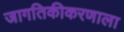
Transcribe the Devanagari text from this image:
जागतिकीकरणाला